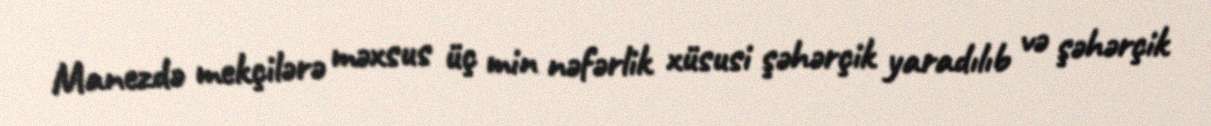
Manezdə mekçilərə məxsus üç min nəfərlik xüsusi şəhərçik yaradılıb və şəhərçik